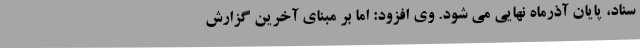
سناد، پایان آذرماه نهایی می شود. وی افزود: اما بر مبنای آخرین گزارش